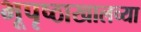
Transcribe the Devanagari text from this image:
भूपृष्ठाखालच्या